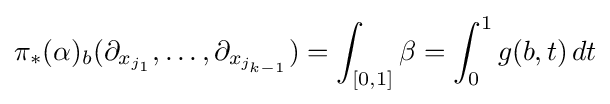
\pi _{*}(\alpha )_{b}(\partial _{x_{j_{1}}},\dots ,\partial _{x_{j_{k-1}}})=\int _{[0,1]}\beta =\int _{0}^{1}g(b,t)\,dt